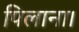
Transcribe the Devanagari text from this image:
पिलाना।